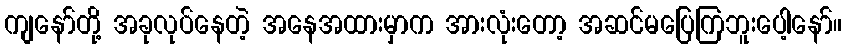
ကျနော်တို့ အခုလုပ်နေတဲ့ အနေအထားမှာက အားလုံးတော့ အဆင်မပြေကြဘူးပေါ့နော်။